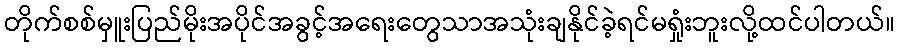
တိုက်စစ်မှူးပြည်မိုးအပိုင်အခွင့်အရေးတွေသာအသုံးချနိုင်ခဲ့ရင်မရှုံးဘူးလို့ထင်ပါတယ်။